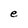
Character: e